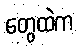
တွေထဲက